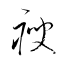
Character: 瘦